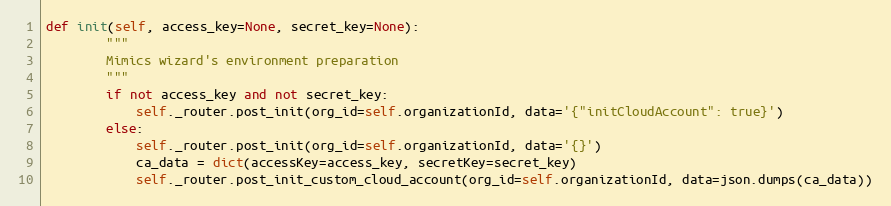
Language: Python
def init(self, access_key=None, secret_key=None):
        """
        Mimics wizard's environment preparation
        """
        if not access_key and not secret_key:
            self._router.post_init(org_id=self.organizationId, data='{"initCloudAccount": true}')
        else:
            self._router.post_init(org_id=self.organizationId, data='{}')
            ca_data = dict(accessKey=access_key, secretKey=secret_key)
            self._router.post_init_custom_cloud_account(org_id=self.organizationId, data=json.dumps(ca_data))